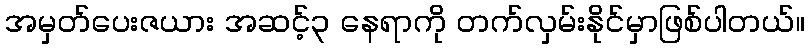
အမှတ်ပေးဇယား အဆင့်၃ နေရာကို တက်လှမ်းနိုင်မှာဖြစ်ပါတယ်။